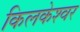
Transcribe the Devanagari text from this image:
किलकेश्‍वर